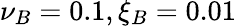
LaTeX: \nu_{B}=0.1,\xi_{B}=0.01